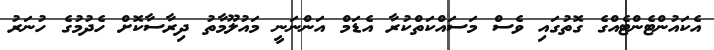
އެކައުންޓެންޓެއްގެ ގޮތުގައި ވެސް މަސައްކަތްކުރާ އެޑަމް އަންނަނީ މައުލޫމާތު ދިރާސާކޮށް ހެދުމުގެ ހުނަރު